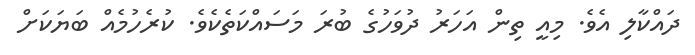
ދައްކާލި އެވެ. މިއީ ތިން އަހަރު ދުވަހުގެ ބުރަ މަސައްކަތެކެވެ. ކުރެހުމެއް ބަޔަކަށް